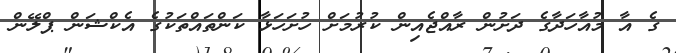
ގެ އާ މުއާހަދާގެ ދަށުން ރާއްޖެއިން ކުރުމަށް ހުށަހަޅާ ކަންތައްތަކުގެ އެކްޝަން ޕްލޭން